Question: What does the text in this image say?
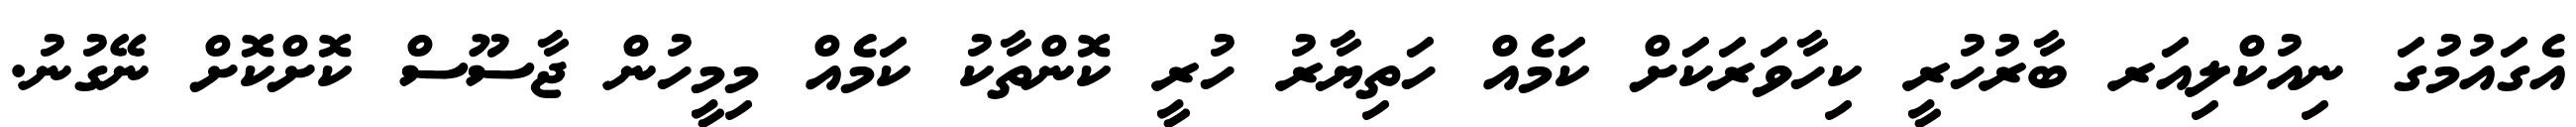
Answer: އެގައުމުގަ ނިއުކްލިއަރ ބާރުހުރީ ކިހާވަރަކަށް ކަމެއް ހަތިޔާރު ހުރީ ކޮންތާކު ކަމެއް މިމީހުން ޖާސޫސް ކޮށްކޮށް ނޭގުނު.